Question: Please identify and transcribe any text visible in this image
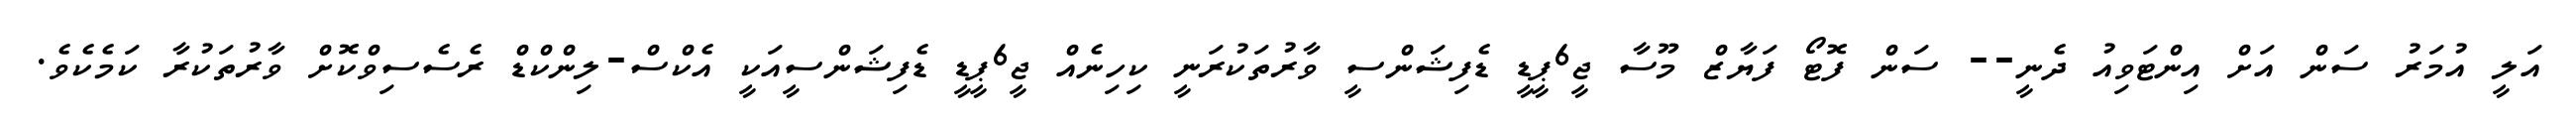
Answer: އަލީ އުމަރު ސަން އަށް އިންޓަވިއު ދެނީ-- ސަން ފޮޓޯ ފަޔާޒް މޫސާ ޖީ6ޕީޑީ ޑެފިޝަންސީ ވާރުތަކުރަނީ ކިހިނެއް ޖީ6ޕީޑީ ޑެފިޝަންސީއަކީ އެކްސް-ލިންކްޑް ރެސެސިވްކޮށް ވާރުތަކުރާ ކަމެކެވެ.